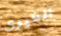
الخيري